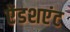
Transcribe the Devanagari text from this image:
ऐंडशएंट